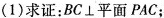
(1)求证：BC\bot平面PAC；